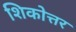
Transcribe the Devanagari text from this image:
शिकोत्तर